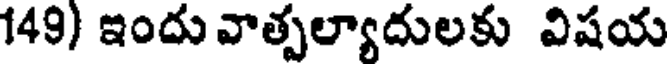
149) ఇందు వాత్పల్యాదులకు విషయ